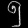
Digit: ၅